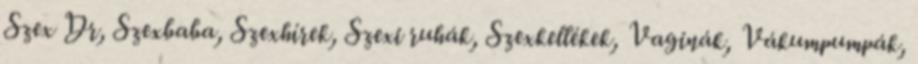
Szex Dr, Szexbaba, Szexhírek, Szexi ruhák, Szexkellékek, Vaginák, Vákumpumpák,